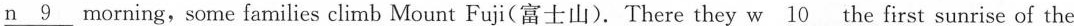
n\underline{9}morning,some families climb Mount Fuji（富士山）. There they w\underline{10}the first sunrise of the